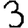
Digit: 3